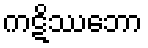
ကဋိဿဘော